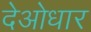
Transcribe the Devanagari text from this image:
देओधार